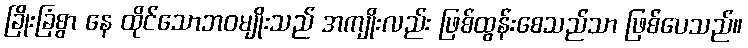
ခြိုးခြံစွာ နေ ထိုင်သောဘဝမျိုးသည် အကျိုးလည်း ဖြစ်ထွန်းစေသည်သာ ဖြစ်ပေသည်။